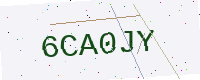
Text: 6CA0JY